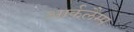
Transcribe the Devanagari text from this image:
आर्कलैम्प